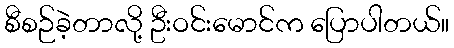
စီစဉ်ခဲ့တာလို့ ဦးဝင်းမောင်က ပြောပါတယ်။